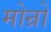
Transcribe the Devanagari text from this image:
मोन्रो